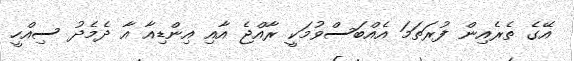
އޭގެ ތެރެއިން ފުރަތަމަ އެއްބަސްވުމަކީ ރާއްޖެ އާއި އިންޑިއާ އާ ދެމެދު ސިއްހީ